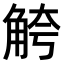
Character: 𫌮